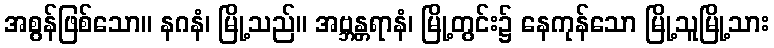
အစွန်ဖြစ်သော။ နဂနံ၊ မြို့သည်။ အဗ္ဘန္တရာနံ၊ မြို့တွင်း၌ နေကုန်သော မြို့သူမြို့သား